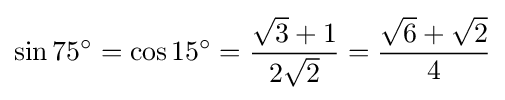
\sin 75^{\circ }=\cos 15^{\circ }={\frac {{\sqrt {3}}+1}{2{\sqrt {2}}}}={\frac {{\sqrt {6}}+{\sqrt {2}}}{4}}